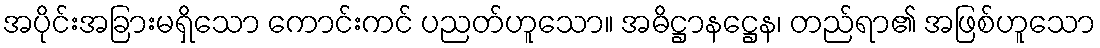
အပိုင်းအခြားမရှိသော ကောင်းကင် ပညတ်ဟူသော။ အဓိဋ္ဌာနဋ္ဌေန၊ တည်ရာ၏ အဖြစ်ဟူသော